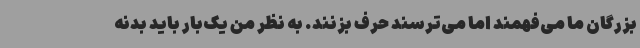
بزرگان ما می‌فهمند اما می‌ترسند حرف بزنند. به نظر من یک‌بار باید بدنه